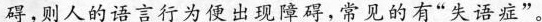
碍，则人的语言行为便出现障碍，常见的有“失语症”。